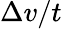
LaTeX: \Delta v/t